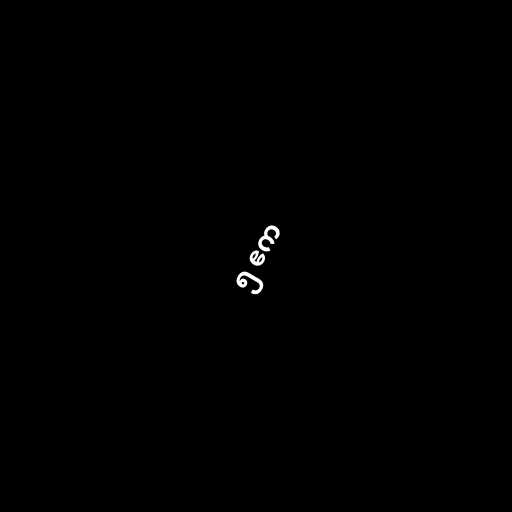
၅ ဧက